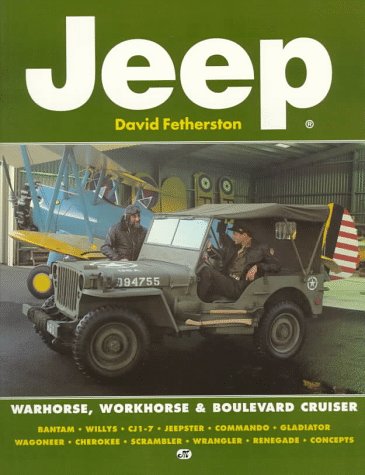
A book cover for Jeep: Warhorse, Workhouse & Boulevard Cruiser; David Fetherston; Engineering & Transportation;